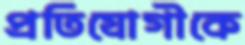
প্রতিযোগীকে